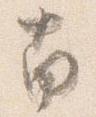
南